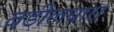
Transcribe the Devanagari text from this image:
वडीलधारा